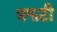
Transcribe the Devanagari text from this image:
प्रफटी